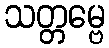
သတ္တမ္ဗေ